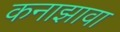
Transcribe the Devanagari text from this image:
कनाझावा